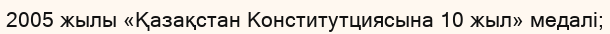
2005 жылы «Қазақстан Конститутциясына 10 жыл» медалі;